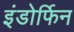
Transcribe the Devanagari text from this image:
इंडोर्फिन